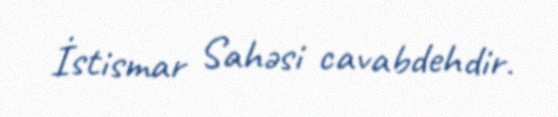
İstismar Sahəsi cavabdehdir.